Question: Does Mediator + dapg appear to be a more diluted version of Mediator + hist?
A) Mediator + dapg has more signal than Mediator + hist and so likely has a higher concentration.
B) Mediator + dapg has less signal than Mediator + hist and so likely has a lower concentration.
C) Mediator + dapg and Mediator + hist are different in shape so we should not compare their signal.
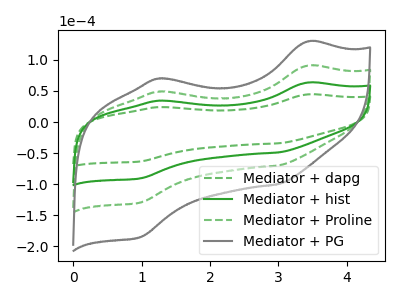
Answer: <think>The green dashed curve "Mediator + dapg" has anodic peaks at (3.45V, 44.45uA) (1.25V, 24.00uA) and cathodic peaks at (3.00V, -34.30uA) (0.95V, -63.55uA). The green curve "Mediator + hist" has anodic peaks at (3.45V, 63.50uA) (1.25V, 34.25uA) and cathodic peaks at (3.00V, -49.00uA) (0.95V, -90.80uA). The green dashed curve "Mediator + Proline" has anodic peaks at (3.45V, 127.05uA) (1.25V, 68.55uA) and cathodic peaks at (3.00V, -98.00uA) (0.95V, -181.65uA). The gray curve "Mediator + PG" has anodic peaks at (3.45V, 190.55uA) (1.25V, 102.80uA) and cathodic peaks at (3.00V, -147.05uA) (0.95V, -272.45uA).
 All the peaks in "Mediator + dapg" have a peak in "Mediator + hist" at the same potential. Every peak in "Mediator + dapg" is lower than every peak in "Mediator + hist".</think>
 <answer>B) "Mediator + dapg" has less signal than "Mediator + hist" and so likely has a lower concentration.</answer>
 <eval>B</eval>